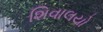
શિવાલયો